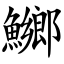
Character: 鱜